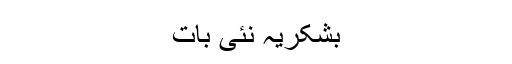
بشکریہ نئی بات